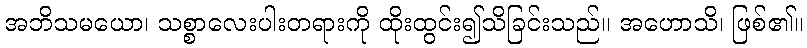
အဘိသမယော၊ သစ္စာလေးပါးတရားကို ထိုးထွင်း၍သိခြင်းသည်။ အဟောသိ၊ ဖြစ်၏။